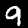
Digit: 9